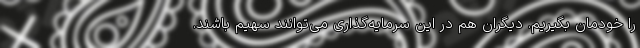
را خودمان بگیریم. دیگران هم در این سرمایه‌گذاری می‌توانند سهیم باشند.